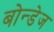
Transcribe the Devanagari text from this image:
बोन्डेज